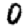
Digit: 0